Leaving Certificate, 1888
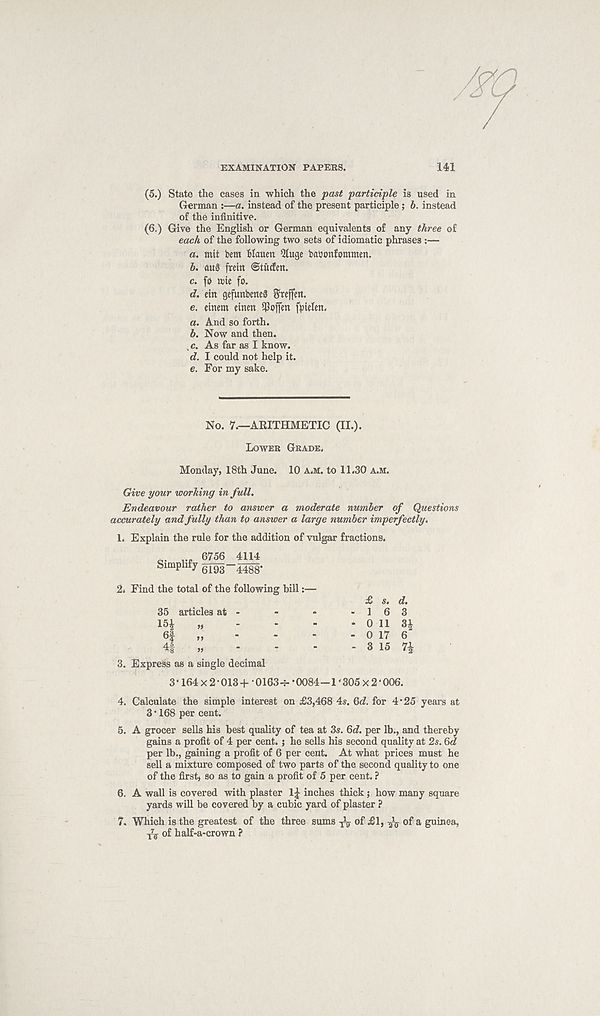
/
EXAMINATION PAPERS.
141
(5.) State the cases in which the past participle is used in
German :—a. instead of the present participle; b. instead
of the infinitive.
(6.) Give the English or German equivalents of any three of
each of the following two sets of idiomatic phrases :—
a. mit bent Wauett Qluge baoonfommen.
b. auS frein ©tucfen.
c. fo lute fo.
d. ein gefunbeneS Steffen.
e. etnent einen 5Poffen fptelen.
a. And so forth.
b. Now and then.
.c. As far as I know.
d. I could not help it.
e. For my sake.
No. 7.—ARITHMETIC (II.).
LOWER GRADE.
Monday, I8th June. 10 A.M. to 11.30 A.M.
Give your working in full.
Endeavour rather to answer a moderate number of Questions
accurately and fully than to answer a large number imperfectly.
1. Explain the rule for the addition of vulgar fractions.
c- rr ^
4114
Simplify 6193-4488-
2. Find the total of the following bill:—
35 articles at -
15i
„
-
-
-
6f
„
-
4J
„
-
£> s. d.
-16 3
* 0 11 3£
- 0 17 6
- 3 15 71
3. Express as a single decimal
3‘ 164x2 •013+ •0163-f- *0084-1 ‘ 305 x 2 * 006.
4. Calculate the simple interest on £3,468 4s. 6c?. for 4’25 years at
3 • 168 per cent.
5. A grocer sells his best quality of tea at 3s. 6d. per lb., and thereby
gains a profit of 4 per cent, j he sells his second quality at 2s. 6d
per lb., gaining a profit of 6 per cent. At what prices must he
sell a mixture composed of two parts of the second quality to one
of the first, so as to gain a profit of 5 per cent. ?
6. A wall is covered with plaster l£ inches thick; how many square
yards will be covered by a cubic yard of plaster ?
7. Which is the greatest of the three sums ^ of £1, ^ of a guinea,
^ of half-a-crown ?